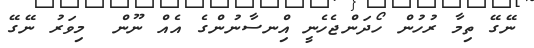
ނޭގޭ ތިމާ ރުހުން ހޯދަންޖެހެނީ އިްނސާނުންގެ އެއް ނޫން  މިވަރު ނޭގޭ